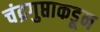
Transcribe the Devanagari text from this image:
चंद्रगुप्ताकडून